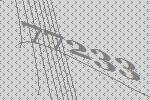
77233